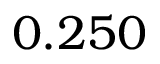
0 . 2 5 0